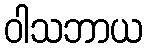
ဝါသဘာယ